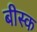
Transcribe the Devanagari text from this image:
बीस्क